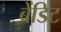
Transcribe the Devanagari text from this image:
बेंडिट